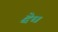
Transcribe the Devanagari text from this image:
द्वेध